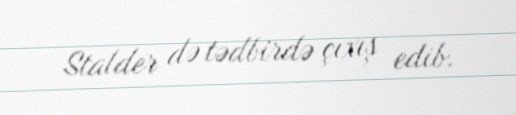
Stalder də tədbirdə çıxış edib.